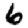
Digit: 6